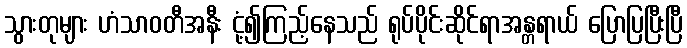
သွားတုများ ဟံသာဝတီအနီး ငုံ့၍ကြည့်နေသည် ရုပ်ပိုင်းဆိုင်ရာအန္တရာယ် ပြောပြပြီးပြီ